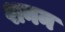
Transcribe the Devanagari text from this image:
शनन